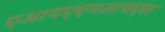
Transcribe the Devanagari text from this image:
एआयएएमआयएल